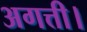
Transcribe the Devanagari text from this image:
अगत्ती।